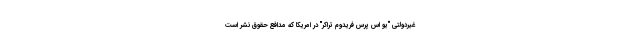
غیردولتی "یو اس پرس فریدوم تراکر" در امریکا که مدافع حقوق نشر است